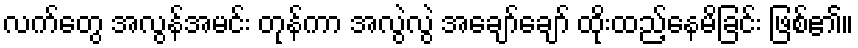
လက်တွေ အလွန်အမင်း တုန်ကာ အလွဲလွဲ အချော်ချော် ထိုးထည့်နေမိခြင်း ဖြစ်၏။